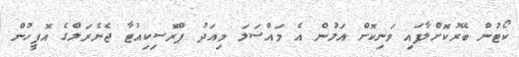
ކޯޓުން ބޭރުކޮށްލާފައި ވަނިކޮށް އަލުން އެ މައްސަލަ މިއަދު ޕްރޮސިކިއުޓާ ޖެނެރަލްގެ އޮފީހުން